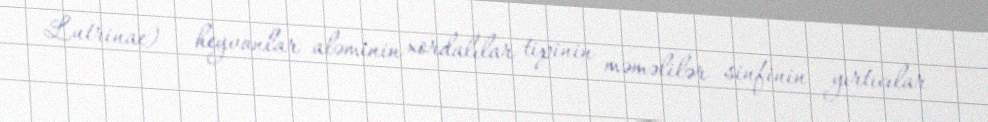
Lutrinae) — heyvanlar aləminin xordalılar tipinin məməlilər sinfinin yırtıcılar